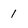
Character: 1